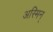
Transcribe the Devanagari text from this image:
अस्मिन्‌